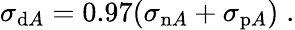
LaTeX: \sigma_{\mathrm{d}A}=0.97(\sigma_{\mathrm{n}A}+\sigma_{\mathrm{p}A})\; .